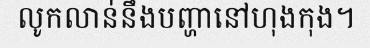
លូកលាន់នឹងបញ្ហានៅហុងកុង។